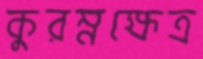
কুরম্নক্ষেত্র